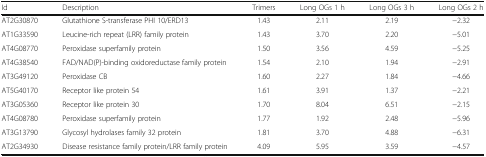
<table><thead><tr><td><b>Id</b></td><td><b>Description</b></td><td><b>Trimers</b></td><td><b>Long OGs 1 h</b></td><td><b>Long OGs 3 h</b></td><td><b>Long OGs 2 h</b></td></tr></thead><tbody><tr><td>AT2G30870</td><td>Glutathione S-transferase PHI 10/ERD13</td><td>1.43</td><td>2.11</td><td>2.19</td><td>−2.32</td></tr><tr><td>AT1G33590</td><td>Leucine-rich repeat (LRR) family protein</td><td>1.43</td><td>3.70</td><td>2.20</td><td>−5.01</td></tr><tr><td>AT4G08770</td><td>Peroxidase superfamily protein</td><td>1.50</td><td>3.56</td><td>4.59</td><td>−5.25</td></tr><tr><td>AT4G38540</td><td>FAD/NAD(P)-binding oxidoreductase family protein</td><td>1.54</td><td>2.10</td><td>1.94</td><td>−2.91</td></tr><tr><td>AT3G49120</td><td>Peroxidase CB</td><td>1.60</td><td>2.27</td><td>1.84</td><td>−4.66</td></tr><tr><td>AT5G40170</td><td>Receptor like protein 54</td><td>1.61</td><td>3.91</td><td>1.37</td><td>−2.21</td></tr><tr><td>AT3G05360</td><td>Receptor like protein 30</td><td>1.70</td><td>8.04</td><td>6.51</td><td>−2.15</td></tr><tr><td>AT4G08780</td><td>Peroxidase superfamily protein</td><td>1.77</td><td>1.92</td><td>2.48</td><td>−5.96</td></tr><tr><td>AT3G13790</td><td>Glycosyl hydrolases family 32 protein</td><td>1.81</td><td>3.70</td><td>4.88</td><td>−6.31</td></tr><tr><td>AT2G34930</td><td>Disease resistance family protein/LRR family protein</td><td>4.09</td><td>5.95</td><td>3.59</td><td>−4.57</td></tr></tbody></table>